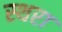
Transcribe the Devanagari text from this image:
स्थरा